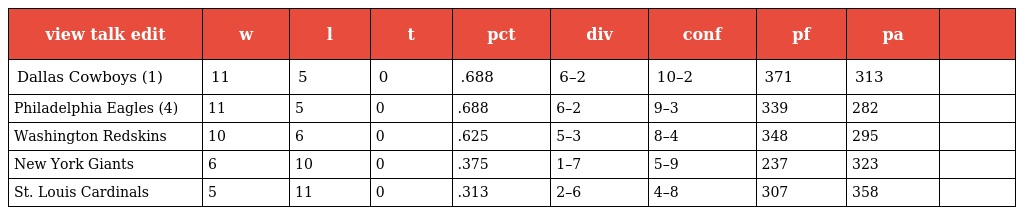
| view talk edit | w | l | t | pct | div | conf | pf | pa |  |
 | --- | --- | --- | --- | --- | --- | --- | --- | --- | --- |
 | Dallas Cowboys (1) | 11 | 5 | 0 | .688 | 6–2 | 10–2 | 371 | 313 |  |
 | Philadelphia Eagles (4) | 11 | 5 | 0 | .688 | 6–2 | 9–3 | 339 | 282 |  |
 | Washington Redskins | 10 | 6 | 0 | .625 | 5–3 | 8–4 | 348 | 295 |  |
 | New York Giants | 6 | 10 | 0 | .375 | 1–7 | 5–9 | 237 | 323 |  |
 | St. Louis Cardinals | 5 | 11 | 0 | .313 | 2–6 | 4–8 | 307 | 358 |  |